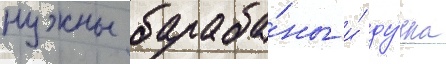
нужны бараба́ны и́ ду́дка